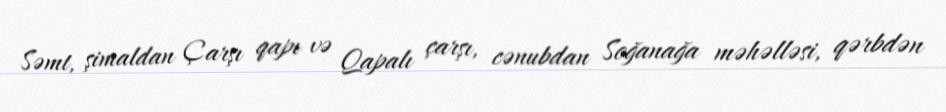
Səmt, şimaldan Çarşı qapı və Qapalı çarşı, cənubdan Soğanağa məhəlləsi, qərbdən